Indian journal of veterinary science and animal husbandry - Volume 10,
Year: 1940
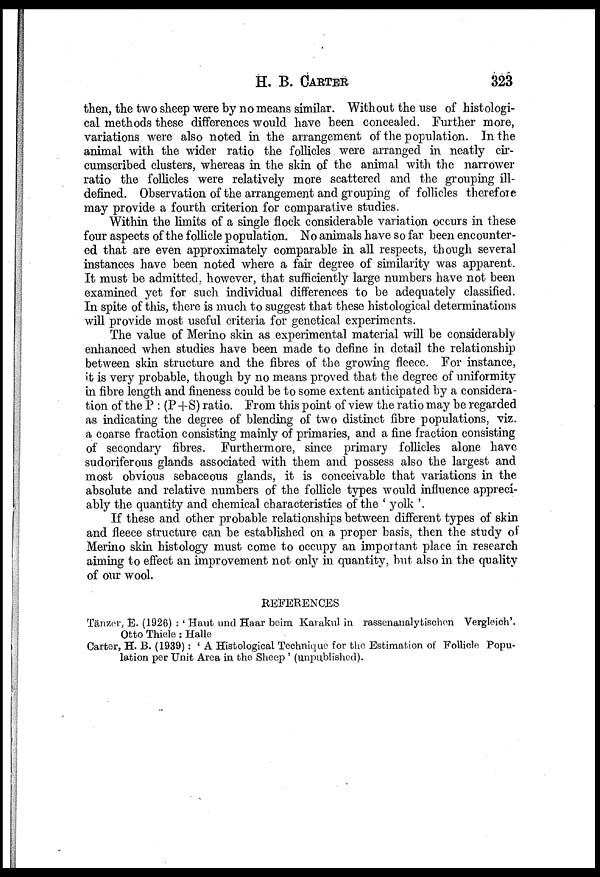
H. B.
CARTER
323
then, the two sheep were by no means similar. Without the use of histologi-
cal methods these differences would have been concealed. Further more,
variations were also noted in the arrangement of the population. In the
animal with the wider ratio the follicles were arranged in neatly cir-
cumscribed clusters, whereas in the skin of the animal with the narrower
ratio the follicles were relatively more scattered and the grouping ill-
defined. Observation of the arrangement and grouping of follicles therefore
may provide a fourth criterion for comparative studies.
Within the limits of a single flock considerable variation occurs in these
four aspects of the follicle population. No animals have so far been encounter-
ed that are even approximately comparable in all respects, though several
instances have been noted where a fair degree of similarity was apparent.
It must be admitted, however, that sufficiently large numbers have not been
examined yet for such individual differences to be adequately classified.
In spite of this, there is much to suggest that these histological determinations
will provide most useful criteria for genetical experiments.
The value of Merino skin as experimental material will be considerably
enhanced when studies have been made to define in detail the relationship
between skin structure and the fibres of the growing fleece. For instance,
it is very probable, though by no means proved that the degree of uniformity
in fibre length and fineness could be to some extent anticipated by a considera-
tion of the P : (P+S) ratio. From this point of view the ratio may be regarded
as indicating the degree of blending of two distinct fibre populations, viz.
a coarse fraction consisting mainly of primaries, and a fine fraction consisting
of secondary fibres. Furthermore, since primary follicles alone have
sudoriferous glands associated with them and possess also the largest and
most obvious sebaceous glands, it is conceivable that variations in the
absolute and relative numbers of the follicle types would influence appreci-
ably the quantity and chemical characteristics of the ' yolk '.
If these and other probable relationships between different types of skin
and fleece structure can be established on a proper basis, then the study of
Merino skin histology must come to occupy an important place in research
aiming to effect an improvement not only in quantity, but also in the quality
of our wool.
REFERENCES
Tänzer, E. (1926) : ' Haut und Haar beim Karakul in rassenanalytischen Vergleich'.
Otto Thiele : Halle
Carter, H. B. (1939): ' A Histological Technique for the Estimation of Follicle Popu-
lation per Unit Area in the Sheep ' (unpublished).